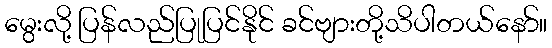
မွေးလို့ ပြန်လည်ပြုပြင်နိုင် ခင်ဗျားတို့သိပါတယ်နော်။